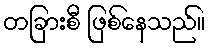
တခြားစီ ဖြစ်နေသည်။